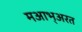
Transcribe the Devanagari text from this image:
मआभ्अरत